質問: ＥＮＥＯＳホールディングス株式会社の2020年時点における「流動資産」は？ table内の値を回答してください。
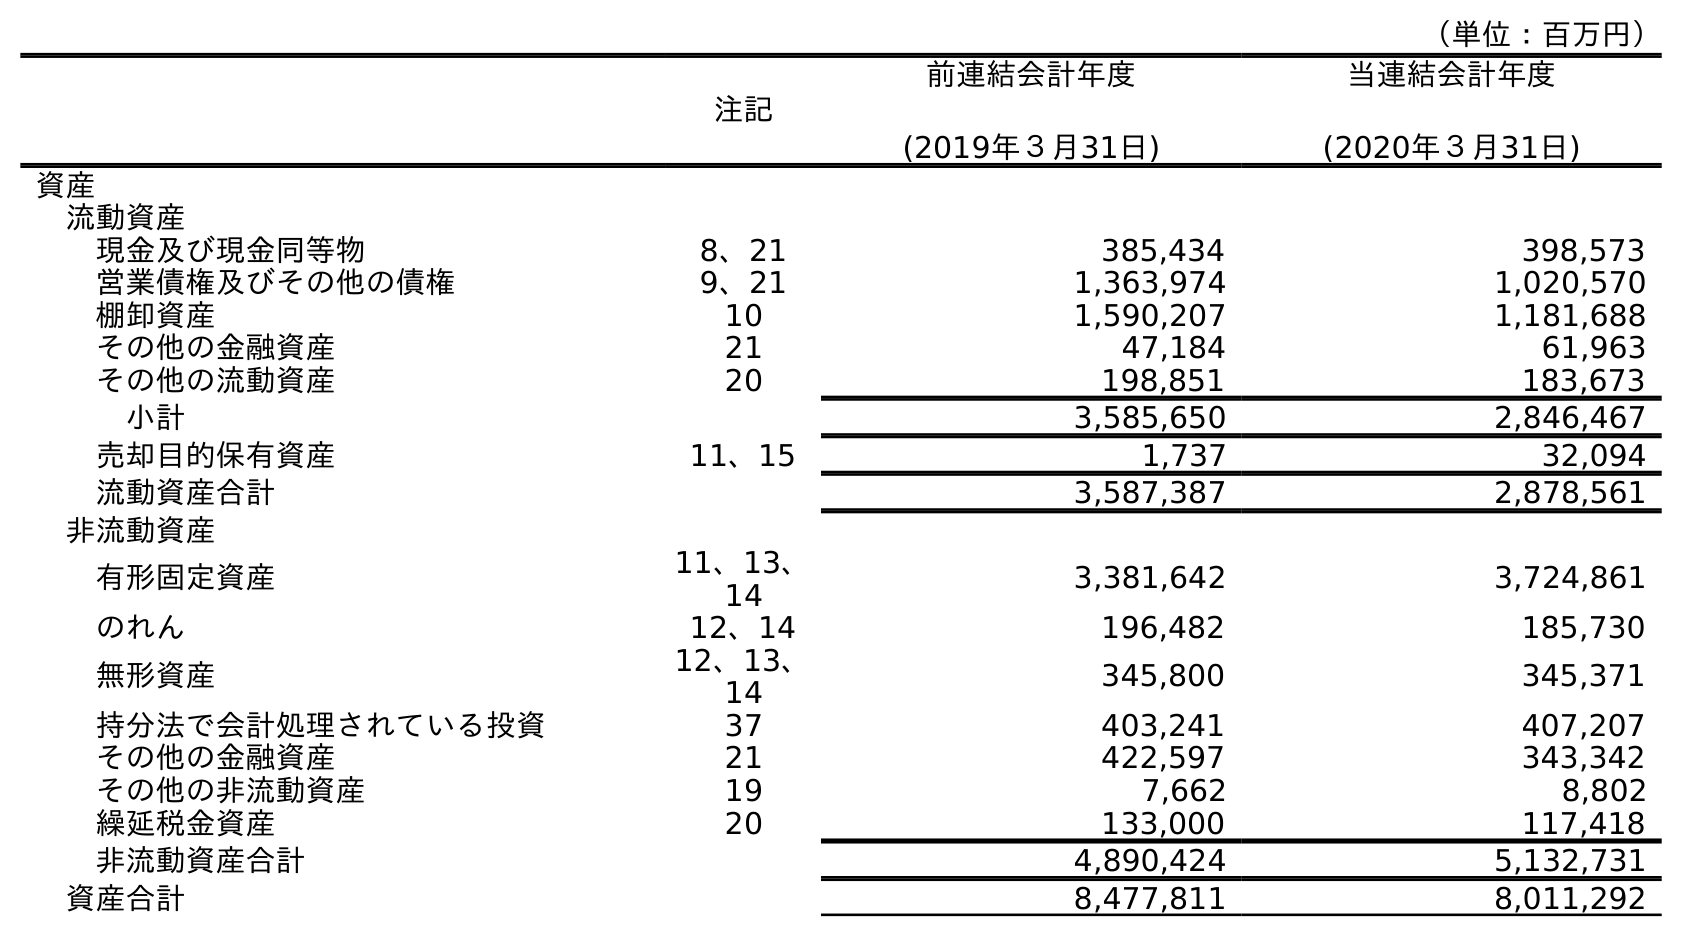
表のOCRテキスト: （単位：百万円） 注記 前連結会計年度 (2019年３月31日) 当連結会計年度 (2020年３月31日) 資産 流動資産 現金及び現金同等物 8、21 385,434 398,573 営業債権及びその他の債権 9、21 1,363,974 1,020,570 棚卸資産 10 1,590,207 1,181,688 その他の金融資産 21 47,184 61,963 その他の流動資産 20 198,851 183,673 小計 3,585,650 2,846,467 売却目的保有資産 11、15 1,737 32,094 流動資産合計 3,587,387 2,878,561 非流動資産 有形固定資産 11、13、 14 3,381,642 3,724,861 のれん 12、14 196,482 185,730 無形資産 12、13、 14 345,800 345,371 持分法で会計処理されている投資 37 403,241 407,207 その他の金融資産 21 422,597 343,342 その他の非流動資産 19 7,662 8,802 繰延税金資産 20 133,000 117,418 非流動資産合計 4,890,424 5,132,731 資産合計 8,477,811 8,011,292
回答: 2,878,561